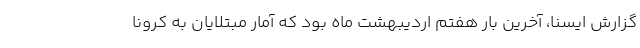
گزارش ایسنا، آخرین بار هفتم اردیبهشت ماه بود که آمار مبتلایان به کرونا